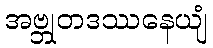
အဗ္ဘုတဒဿနေယျံ